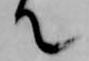
て